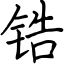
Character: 锆